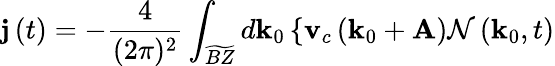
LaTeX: \mathbf{j}\left(t\right)=-\frac{4}{(2\pi)^{2}}\int_{\widetilde{BZ}}d\mathbf{k}_{0}\left\{ \mathbf{v}_{c}\left(\mathbf{k}_{0}+\mathbf{A}\right)\mathcal{N}\left(\mathbf{k}_{0},t\right)\right.